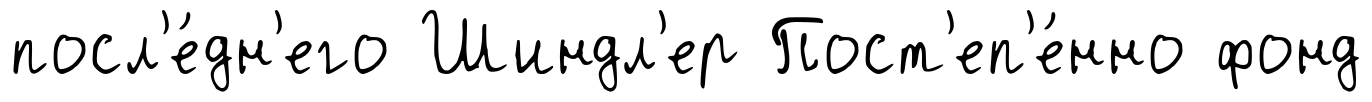
посл'е́дн'его Шиндл'ер Пост'еп'е́нно фонд